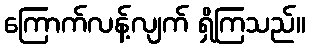
ကြောက်လန့်လျက် ရှိကြသည်။